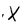
Character: X